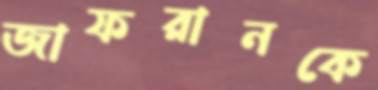
জাফরানকে